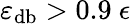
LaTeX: \varepsilon_{\mathrm{db}}>0.9~\epsilon